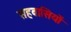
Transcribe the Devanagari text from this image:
सहवासियों